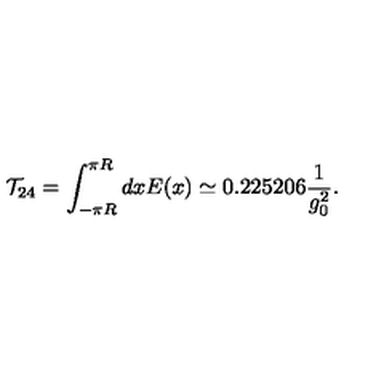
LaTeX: { \cal T } _ { 2 4 } = \int _ { - \pi R } ^ { \pi R } d x E ( x ) \simeq 0 . 2 2 5 2 0 6 \frac { 1 } { g _ { 0 } ^ { 2 } } .